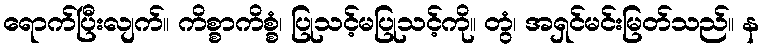
ရောက်ပြီးလျက်။ ကိစ္စာကိစ္စံ၊ ပြုသင့်မပြုသင့်ကို။ တွံ၊ အရှင်မင်းမြတ်သည်။ န